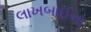
લાખબાઈના